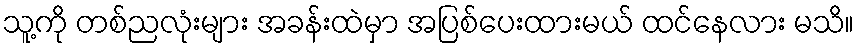
သူ့ကို တစ်ညလုံးများ အခန်းထဲမှာ အပြစ်ပေးထားမယ် ထင်နေလား မသိ။